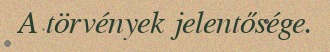
A törvények jelentősége.